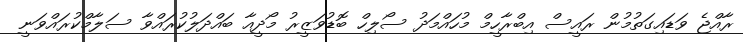
ރާއްޖެ ވަޑައިގަތުމުން ރައީސް އިބްރާހީމް މުހައްމަދު ސޯލިހް ބޮޑުވަޒީރު މޯދީއާ ބައްދަލުކުރައްވާ ސަލާމްކުރައްވަނީ